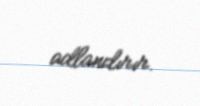
adlandırır.